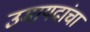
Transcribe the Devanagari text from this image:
उमायदांचा